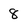
Character: 8